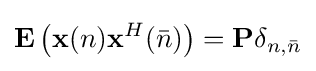
\mathbf {E} \left({\bf {x}}(n){\bf {x}}^{H}({\bar {n}})\right)={\bf {P}}\delta _{n,{\bar {n}}}